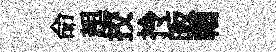
命趄挍拎皈輶